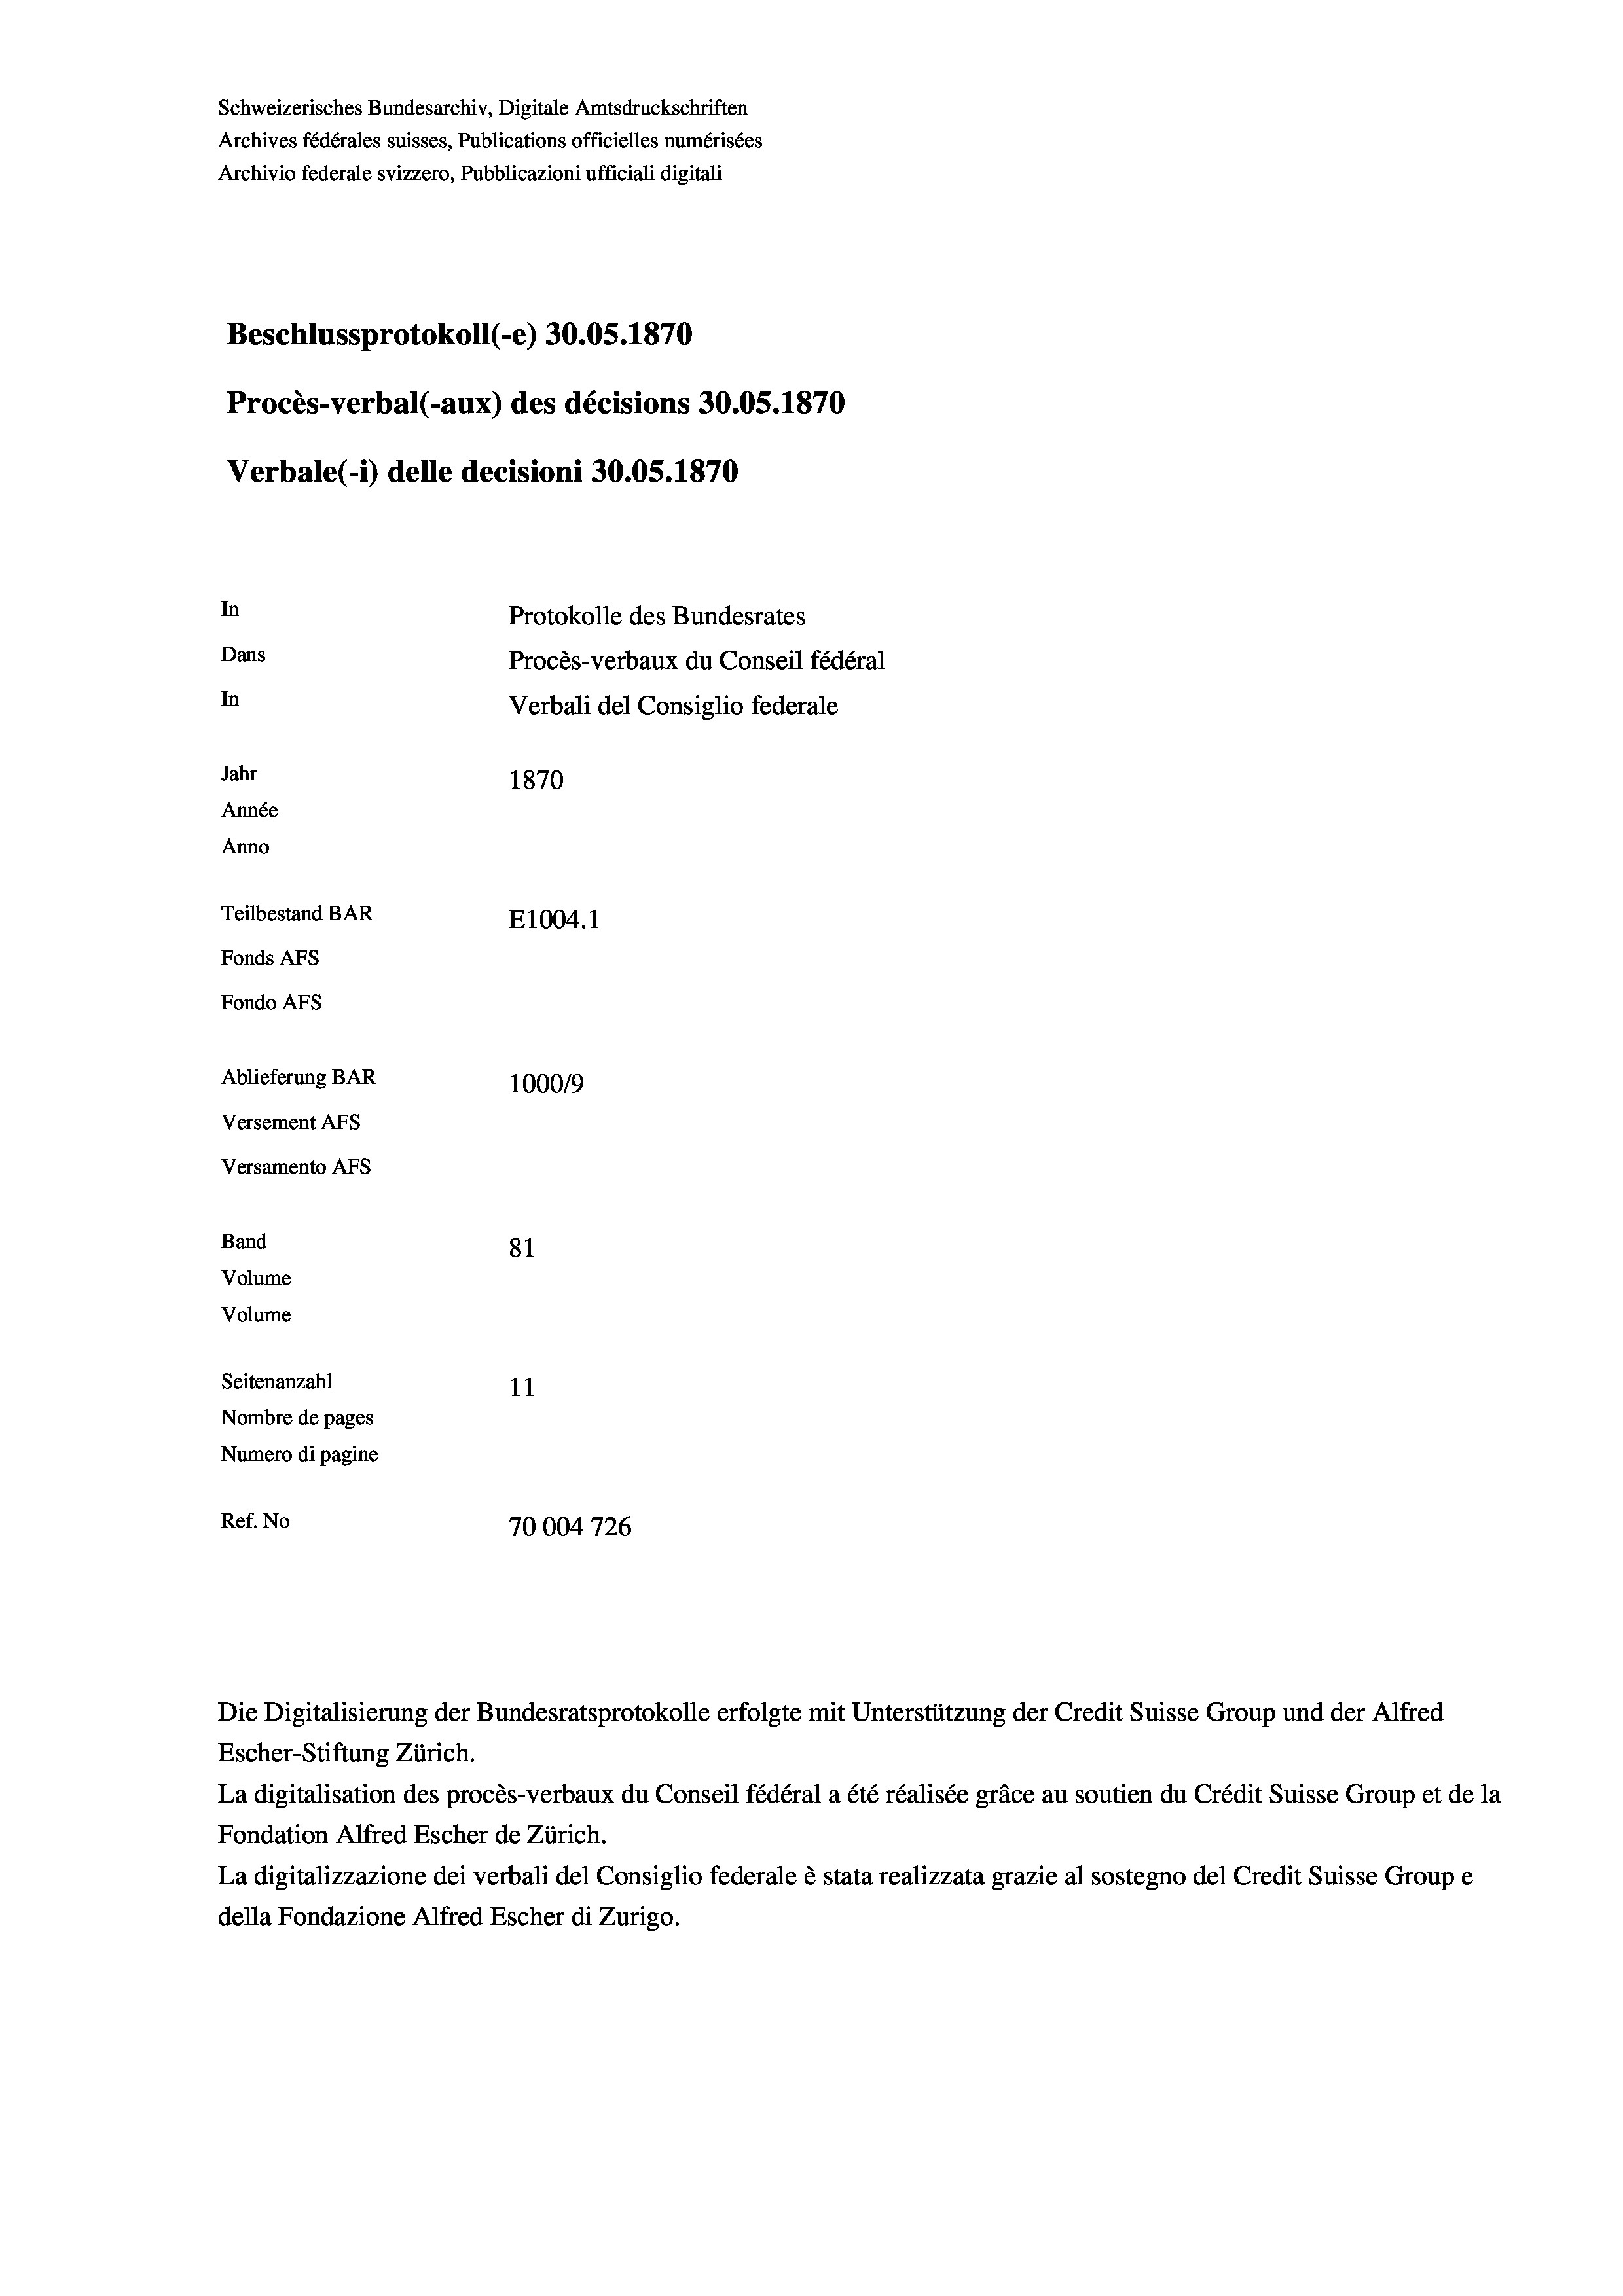
Schweizerisches Bundesarchiv, Digitale Amtsdruckschriften
Archives fédérales suisses, Publications officielles numérisées
Archivio federale svizzero, Pubblicazioni ufficiali digitali
Beschlussprotokoll (-e) 30.05. 1870
Procès-verbal (-aux) des décisions 30.05. 1870
Verbale (1) delle decisioni 30.05. 1870
In
Protokolle des Bundesrates
Dans
Procès-verbaux du Conseil fédéral
In
Verbali del Consiglio federale
Jahr
1870
Année
Anno
Teilbestand BAR
E1004.1
Fonds AEs
Fondo AFs
Ablieferung BAR
100019
Versement AFS
Versamento AFs
Band

81
Volume
Volume
Seitenanzahl
11
Nombre de pages
Numero di pagine
Ref. No
70004726

Die Digitalisierung der Bundesratsprotokolle erfolgte mit Unterstützung der Credit Suisse Group und der Alfred
Escher-Stiftung Zürich.
La digitalisation des procès-verbaux du Conseil fédéral a été réalisée gräce au soutien du Crédit Suisse Group et de la
Fondation Alfred Escher de Zürich.
La digitalizzazione dei verbali del Consiglio federale è stata realizzata grazie al sostegno del Credit Suisse Groupe
della Fondazione Alfred Escher di Zurigo.